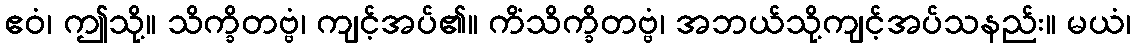
ဧဝံ၊ ဤသို့။ သိက္ခိတဗ္ဗံ၊ ကျင့်အပ်၏။ ကိံသိက္ခိတဗ္ဗံ၊ အဘယ်သို့ကျင့်အပ်သနည်း။ မယံ၊